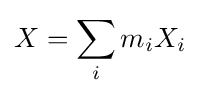
X=\sum _{i}m_{i}X_{i}